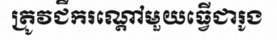
ត្រូវជីករណ្តៅមួយធ្វើជារូង